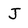
Character: J